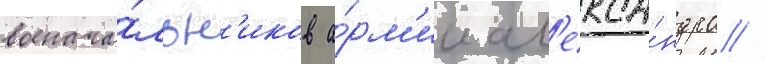
военача́льн'иков а́рм'ии ал'екса́ндра //